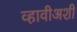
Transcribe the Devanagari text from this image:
व्हावीअशी